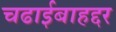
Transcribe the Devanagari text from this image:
चढाईबाहद्दर